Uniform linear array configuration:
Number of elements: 24
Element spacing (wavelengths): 0.25
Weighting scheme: uniform
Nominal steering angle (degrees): -30
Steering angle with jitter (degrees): -28.073
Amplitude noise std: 0.05
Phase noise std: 0.05

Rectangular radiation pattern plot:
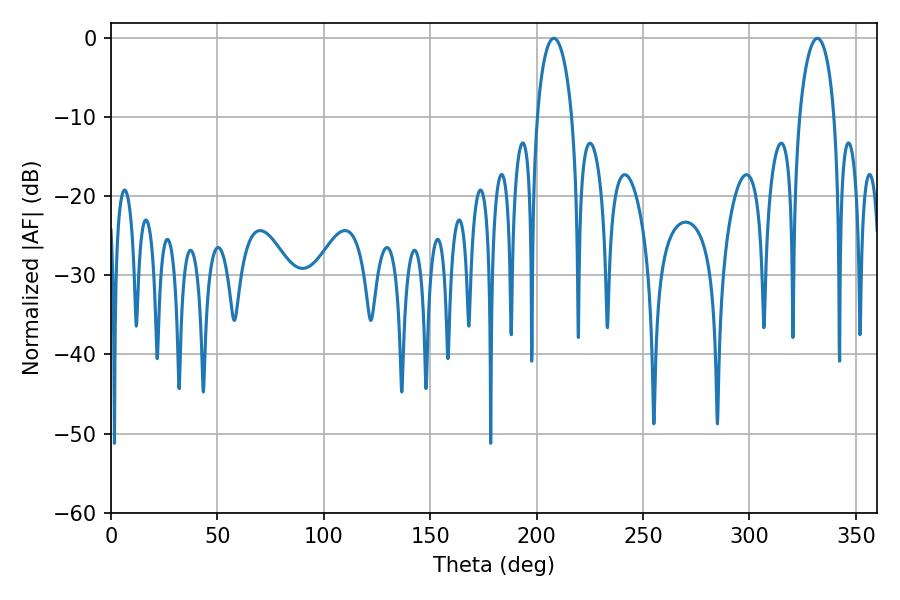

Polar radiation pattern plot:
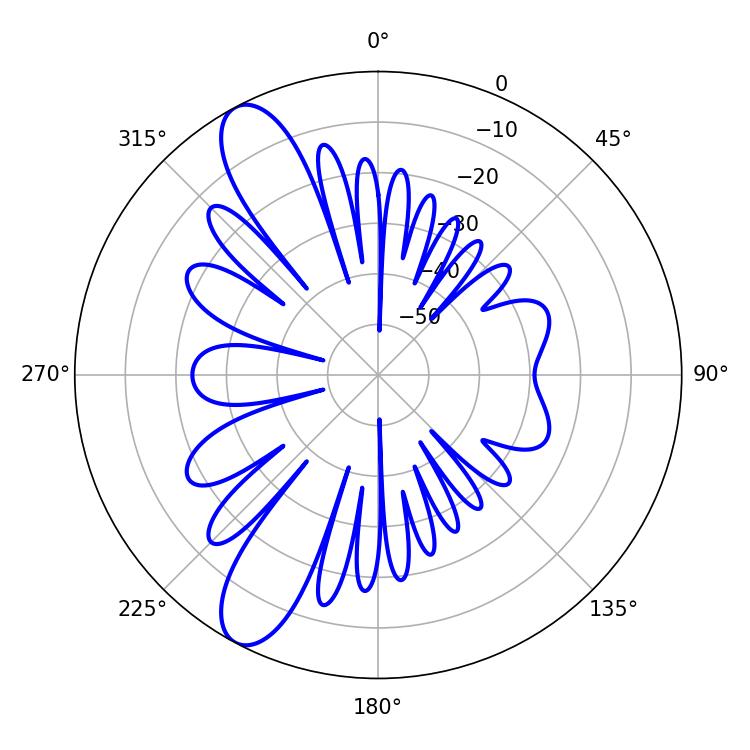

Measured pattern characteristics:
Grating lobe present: FALSE
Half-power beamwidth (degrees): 9.54
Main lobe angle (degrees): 208.08